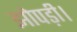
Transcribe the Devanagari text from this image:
झोपड़ी।